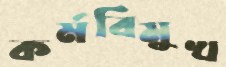
কর্মবিমুখ